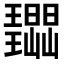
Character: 𭺔